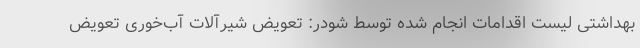
بهداشتی لیست اقدامات انجام شده توسط شودر: تعویض شیرآلات آب‌خوری تعویض